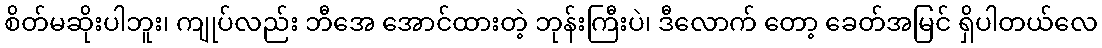
စိတ်မဆိုးပါဘူး၊ ကျုပ်လည်း ဘီအေ အောင်ထားတဲ့ ဘုန်းကြီးပဲ၊ ဒီလောက် တော့ ခေတ်အမြင် ရှိပါတယ်လေ